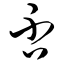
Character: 否